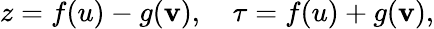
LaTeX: z=f(u)-g(\mathbf{v}),\quad\tau=f(u)+g(\mathbf{v}),